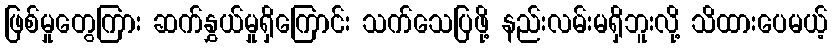
ဖြစ်မှုတွေကြား ဆက်နွှယ်မှုရှိကြောင်း သက်သေပြဖို့ နည်းလမ်းမရှိဘူးလို့ သိထားပေမယ့်